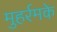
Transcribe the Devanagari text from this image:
मुहर्रमके